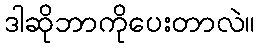
ဒါဆိုဘာကိုပေးတာလဲ။